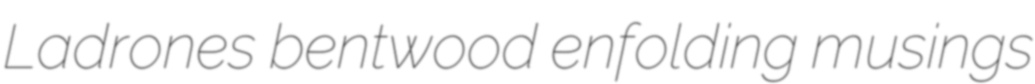
Ladrones bentwood enfolding musings